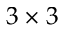
3 \times 3